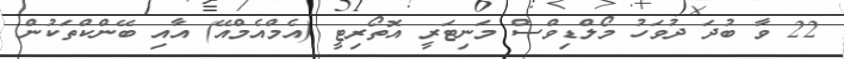
22 ވާ ބުދަ ދުވަހު މޯލްޑިވްސް މަނިޓަރީ އޮތޯރިޓީ (އެމްއެމްއޭ) އާއި ބޭންކްތަކުން